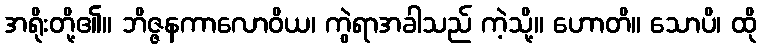
အရိုးတို့၏။ ဘိဇ္ဇနကာလောဝိယ၊ ကွဲရာအခါသည် ကဲ့သို့။ ဟောတိ။ သောပိ၊ ထို